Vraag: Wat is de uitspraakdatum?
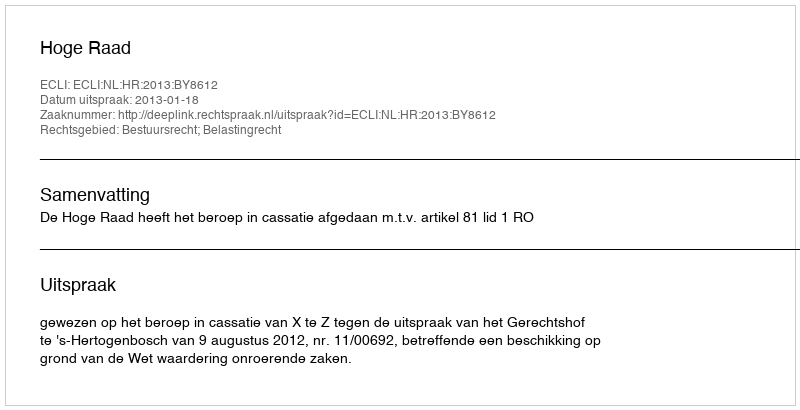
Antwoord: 2013-01-18